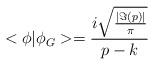
LaTeX: \begin{align*}<\phi|\phi_G>=\frac {i\sqrt{\frac {|\Im(p)|} {\pi}}}{p-k}\end{align*}